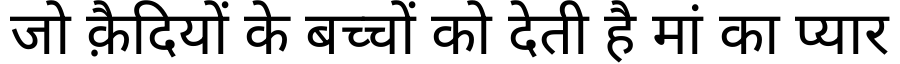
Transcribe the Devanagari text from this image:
जो क़ैदियों के बच्चों को देती है मां का प्यार